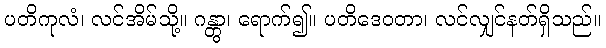
ပတိကုလံ၊ လင်အိမ်သို့။ ဂန္တွာ၊ ရောက်၍။ ပတိဒေဝတာ၊ လင်လျှင်နတ်ရှိသည်။